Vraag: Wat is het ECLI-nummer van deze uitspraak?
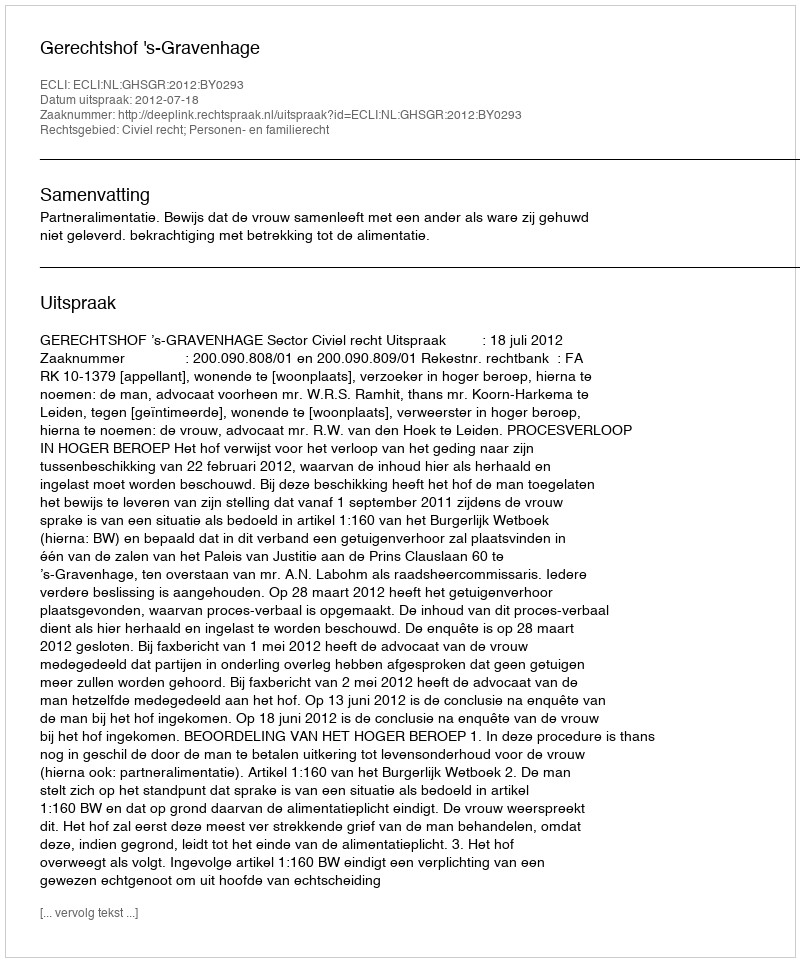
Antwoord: ECLI:NL:GHSGR:2012:BY0293